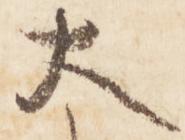
大